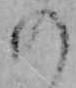
の